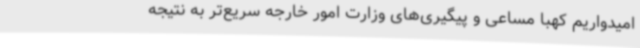
امیدواریم کهبا مساعی و پیگیری‌های وزارت امور خارجه سریع‌تر به نتیجه